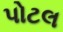
પોટલ